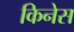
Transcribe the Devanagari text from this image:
किनेस